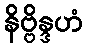
နိဗ္ဗိန္ဒဟံ